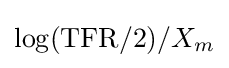
\log(\mathrm {TFR} /2)/X_{m}